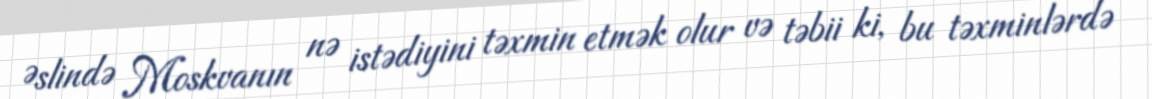
Əslində Moskvanın nə istədiyini təxmin etmək olur və təbii ki, bu təxminlərdə